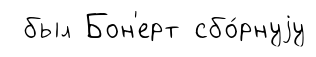
был Бон'ерт сбо́рнуjу